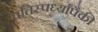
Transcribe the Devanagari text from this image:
प्रतिस्पर्ध्यांपैकी